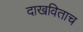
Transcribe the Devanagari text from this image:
दाखविताच